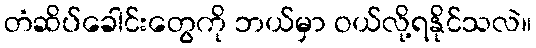
တံဆိပ်ခေါင်းတွေကို ဘယ်မှာ ဝယ်လို့ရနိုင်သလဲ။